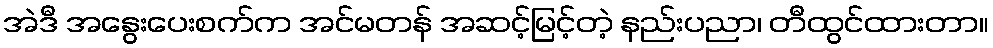
အဲဒီ အနွေးပေးစက်က အင်မတန် အဆင့်မြင့်တဲ့ နည်းပညာ၊ တီထွင်ထားတာ။